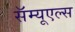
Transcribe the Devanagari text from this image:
सॅम्यूएल्स